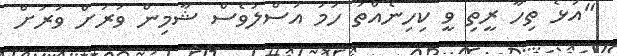
"އަޅެ ތިހާ ރީތި ވީ ކިހިނެއްތަ ހަމަ އަސްލުވެސް ޝާމިން ވަރަށް ވަރަށް